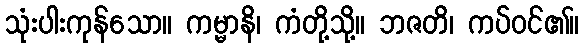
သုံးပါးကုန်သော။ ကမ္မာနိ၊ ကံတို့သို့။ ဘဇတိ၊ ကပ်ဝင်၏။